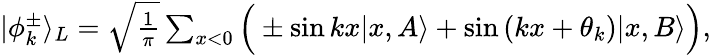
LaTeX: \begin{array}{r}{|\phi_{k}^{\pm}\rangle_{L}=\sqrt{\frac{1}{\pi}}\sum_{x<0}\Big(\pm\sin{kx}|x,A\rangle+\sin{(kx+\theta_{k})}|x,B\rangle\Big),}\end{array}